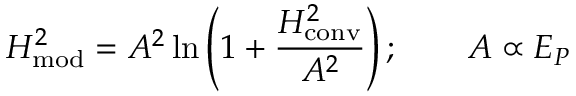
H _ { \mathrm { m o d } } ^ { 2 } = A ^ { 2 } \ln \left( 1 + { \frac { H _ { \mathrm { c o n v } } ^ { 2 } } { A ^ { 2 } } } \right) ; \qquad A \propto E _ { P }